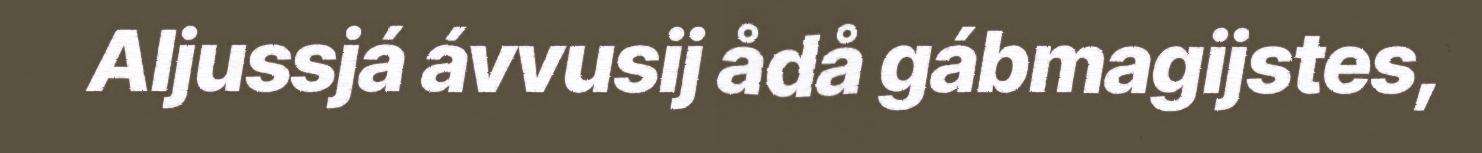
Aljussjá ávvusij ådå gábmagijstes,